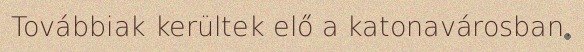
Továbbiak kerültek elő a katonavárosban.